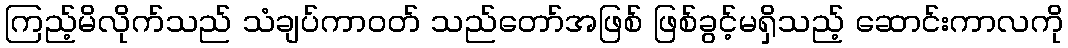
ကြည့်မိလိုက်သည် သံချပ်ကာဝတ် သည်တော်အဖြစ် ဖြစ်ခွင့်မရှိသည့် ဆောင်းကာလကို